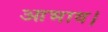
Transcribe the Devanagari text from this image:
आभाव।